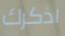
اذكرك